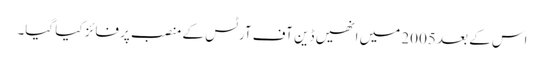
اس کے بعد 2005 میں انھیں ڈین آف آرٹس کے منصب پر فائز کیا گیا۔